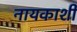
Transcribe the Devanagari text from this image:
नायकाशी